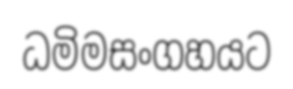
ධමිමසංගහයට